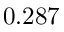
0 . 2 8 7